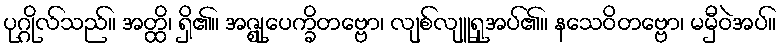
ပုဂ္ဂိုလ်သည်။ အတ္ထိ၊ ရှိ၏။ အဇ္ဈုပေက္ခိတဗ္ဗော၊ လျစ်လျူရှုအပ်၏။ နသေဝိတဗ္ဗော၊ မမှီဝဲအပ်။